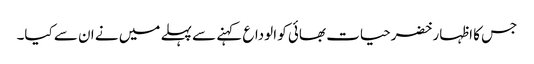
جس کا اظہار خضرحیات بھائی کو الوداع کہنے سے پہلے میں نے ان سے کیا۔